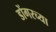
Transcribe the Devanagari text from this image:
डोंगरच्या